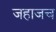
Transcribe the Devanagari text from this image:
जहाजच